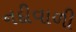
નદીવાળી